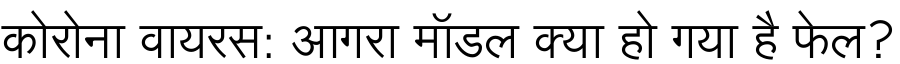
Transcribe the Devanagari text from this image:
कोरोना वायरस: आगरा मॉडल क्या हो गया है फेल?